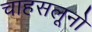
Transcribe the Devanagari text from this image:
चाहसलूनो